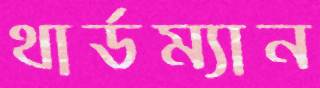
থার্ডম্যান